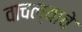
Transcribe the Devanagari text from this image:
वाचल्याचे